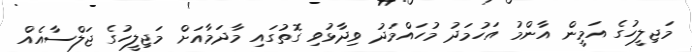
މަޖިލީހުގެ އަމީން އާންމު އަހުމަދު މުހައްމަދު ވިދާޅުވި ގޮތުގައި މާދަމާއަށް މަޖިލީހުގެ ޖަލްސާއެއް